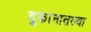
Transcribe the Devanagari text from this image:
दुकानातल्या